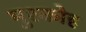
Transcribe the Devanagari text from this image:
मुश्कोह